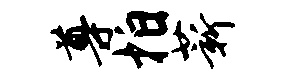
尊拍薪